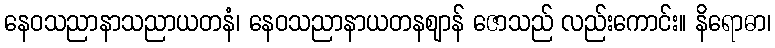
နေဝသညာနာသညာယတနံ၊ နေဝသညာနာယတနဈာန် ဇောသည် လည်းကောင်း။ နိရောဓာ၊